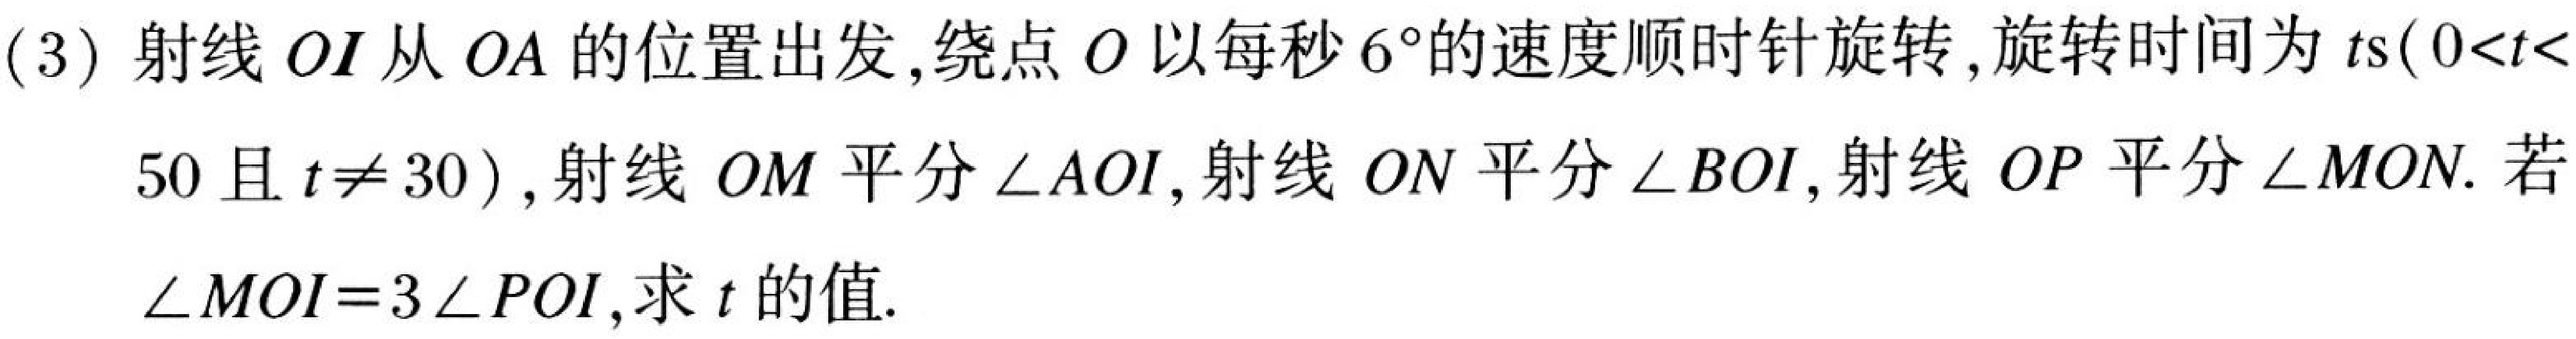
(3) 射线 \(OI\) 从 \(OA\) 的位置出发,绕点 \(O\) 以每秒 \(6^{\circ}\)的速度顺时针旋转,旋转时间为 \(t\text{s}(0<t<50\) 且 \(t\neq30)\), 射线 \(OM\) 平分 \(\angle AOI\), 射线 \(ON\) 平分 \(\angle BOI\), 射线 \(OP\) 平分 \(\angle MON\). 若 \(\angle MOI = 3\angle POI\),求 \(t\) 的值.